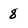
Character: 8